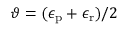
\vartheta = ( \epsilon _ { \mathrm { p } } + \epsilon _ { \mathrm { r } } ) / 2